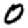
Digit: 0